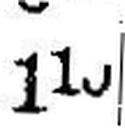
11###